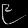
Digit: ၉